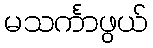
မသင်္ကာဖွယ်